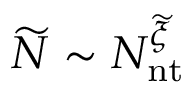
\widetilde { N } \sim N _ { \mathrm { n t } } ^ { \widetilde { \xi } }